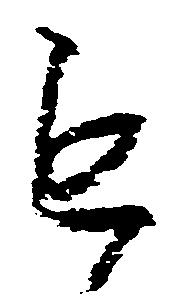
も